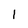
Character: I